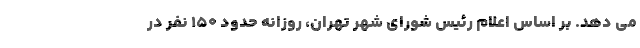
می دهد. بر اساس اعلام رئیس شورای شهر تهران، روزانه حدود 150 نفر در